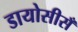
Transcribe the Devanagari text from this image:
डायोसीसँ